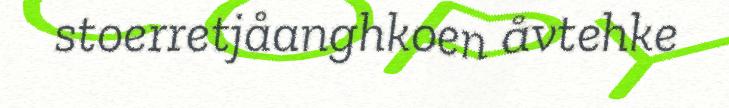
stoerretjåanghkoen åvtehke